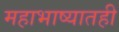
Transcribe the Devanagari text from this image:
महाभाष्यातही